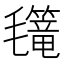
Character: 𣰳